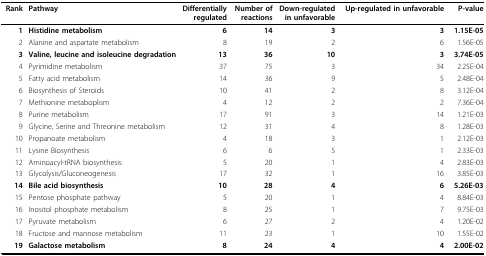
<table><thead><tr><td><b>Rank</b></td><td><b>Pathway</b></td><td><b>Differentially regulated</b></td><td><b>Number of reactions</b></td><td><b>Down-regulated in unfavorable</b></td><td><b>Up-regulated in unfavorable</b></td><td><b>P-value</b></td></tr></thead><tbody><tr><td><b>1</b></td><td><b>Histidine metabolism</b></td><td><b>6</b></td><td><b>14</b></td><td><b>3</b></td><td><b>3</b></td><td><b>1.15E-05</b></td></tr><tr><td>2</td><td>Alanine and aspartate metabolism</td><td>8</td><td>19</td><td>2</td><td>6</td><td>1.56E-05</td></tr><tr><td><b>3</b></td><td><b>Valine, leucine and isoleucine degradation</b></td><td><b>13</b></td><td><b>36</b></td><td><b>10</b></td><td><b>3</b></td><td><b>3.74E-05</b></td></tr><tr><td>4</td><td>Pyrimidine metabolism</td><td>37</td><td>75</td><td>3</td><td>34</td><td>2.25E-04</td></tr><tr><td>5</td><td>Fatty acid metabolism</td><td>14</td><td>36</td><td>9</td><td>5</td><td>2.48E-04</td></tr><tr><td>6</td><td>Biosynthesis of Steroids</td><td>10</td><td>41</td><td>2</td><td>8</td><td>3.12E-04</td></tr><tr><td>7</td><td>Methionine metaboplism</td><td>4</td><td>12</td><td>2</td><td>2</td><td>7.36E-04</td></tr><tr><td>8</td><td>Purine metabolism</td><td>17</td><td>91</td><td>3</td><td>14</td><td>1.21E-03</td></tr><tr><td>9</td><td>Glycine, Serine and Threonine metabolism</td><td>12</td><td>31</td><td>4</td><td>8</td><td>1.28E-03</td></tr><tr><td>10</td><td>Propanoate metabolism</td><td>4</td><td>18</td><td>3</td><td>1</td><td>2.12E-03</td></tr><tr><td>11</td><td>Lysine Biosynthesis</td><td>6</td><td>6</td><td>5</td><td>1</td><td>2.33E-03</td></tr><tr><td>12</td><td>Aminoacyl-tRNA biosynthesis</td><td>5</td><td>20</td><td>1</td><td>4</td><td>2.83E-03</td></tr><tr><td>13</td><td>Glycolysis/Gluconeogenesis</td><td>17</td><td>32</td><td>1</td><td>16</td><td>3.85E-03</td></tr><tr><td><b>14</b></td><td><b>Bile acid biosynthesis</b></td><td><b>10</b></td><td><b>28</b></td><td><b>4</b></td><td><b>6</b></td><td><b>5.26E-03</b></td></tr><tr><td>15</td><td>Pentose phosphate pathway</td><td>5</td><td>20</td><td>1</td><td>4</td><td>8.84E-03</td></tr><tr><td>16</td><td>Inositol phosphate metabolism</td><td>8</td><td>25</td><td>1</td><td>7</td><td>9.75E-03</td></tr><tr><td>17</td><td>Pyruvate metabolism</td><td>6</td><td>27</td><td>2</td><td>4</td><td>1.20E-02</td></tr><tr><td>18</td><td>Fructose and mannose metabolism</td><td>11</td><td>23</td><td>1</td><td>10</td><td>1.55E-02</td></tr><tr><td><b>19</b></td><td><b>Galactose metabolism</b></td><td><b>8</b></td><td><b>24</b></td><td><b>4</b></td><td><b>4</b></td><td><b>2.00E-02</b></td></tr></tbody></table>